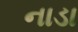
નાડા